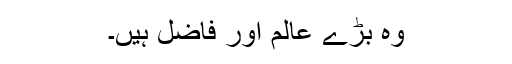
وہ بڑے عالم اور فاضل ہیں۔